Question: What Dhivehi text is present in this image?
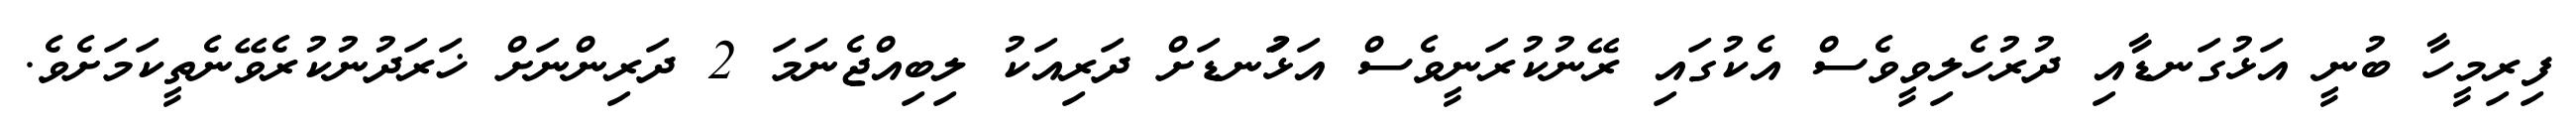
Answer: ފިރިމީހާ ބުނީ އަޅުގަނޑާއި ދުރުހެލިވީވެސް އެކުގައި ރޭނުކުރަނީވެސް އަޅުަނޑަށް ދަރިއަކު ލިބިއްޖެނަމަ 2 ދަރިންނަށް ޚަރަދުނުކުރެވޭނެތީކަމަށެވެ.